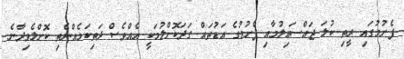
ފެށުމުގައި ރީތި ކުލަ ޖައްސައިލުމާއި ފެށުމުގެ އަޑުތައް ގަދަކޮށްލުމަކީ އެއްވެސް ދަތިކަމެއްނެތި ކޮށްލެވިދާނެ